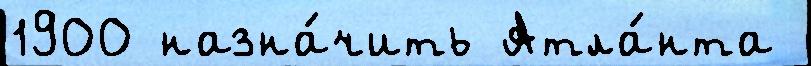
1900 назна́чить Атла́нта